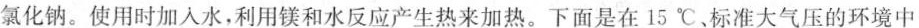
氯化钠。使用时加入水，利用镁和水反应产生热来加热。下面是在15℃、标准大气压的环境中